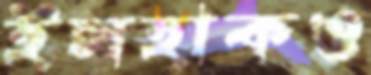
ইসহাকও